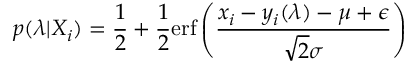
p ( \boldsymbol { \lambda } | X _ { i } ) = \frac { 1 } { 2 } + \frac { 1 } { 2 } \mathrm { e r f } \left( \frac { x _ { i } - y _ { i } ( \boldsymbol { \lambda } ) - \mu + \epsilon } { \sqrt { 2 } \sigma } \right)